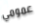
عمومي